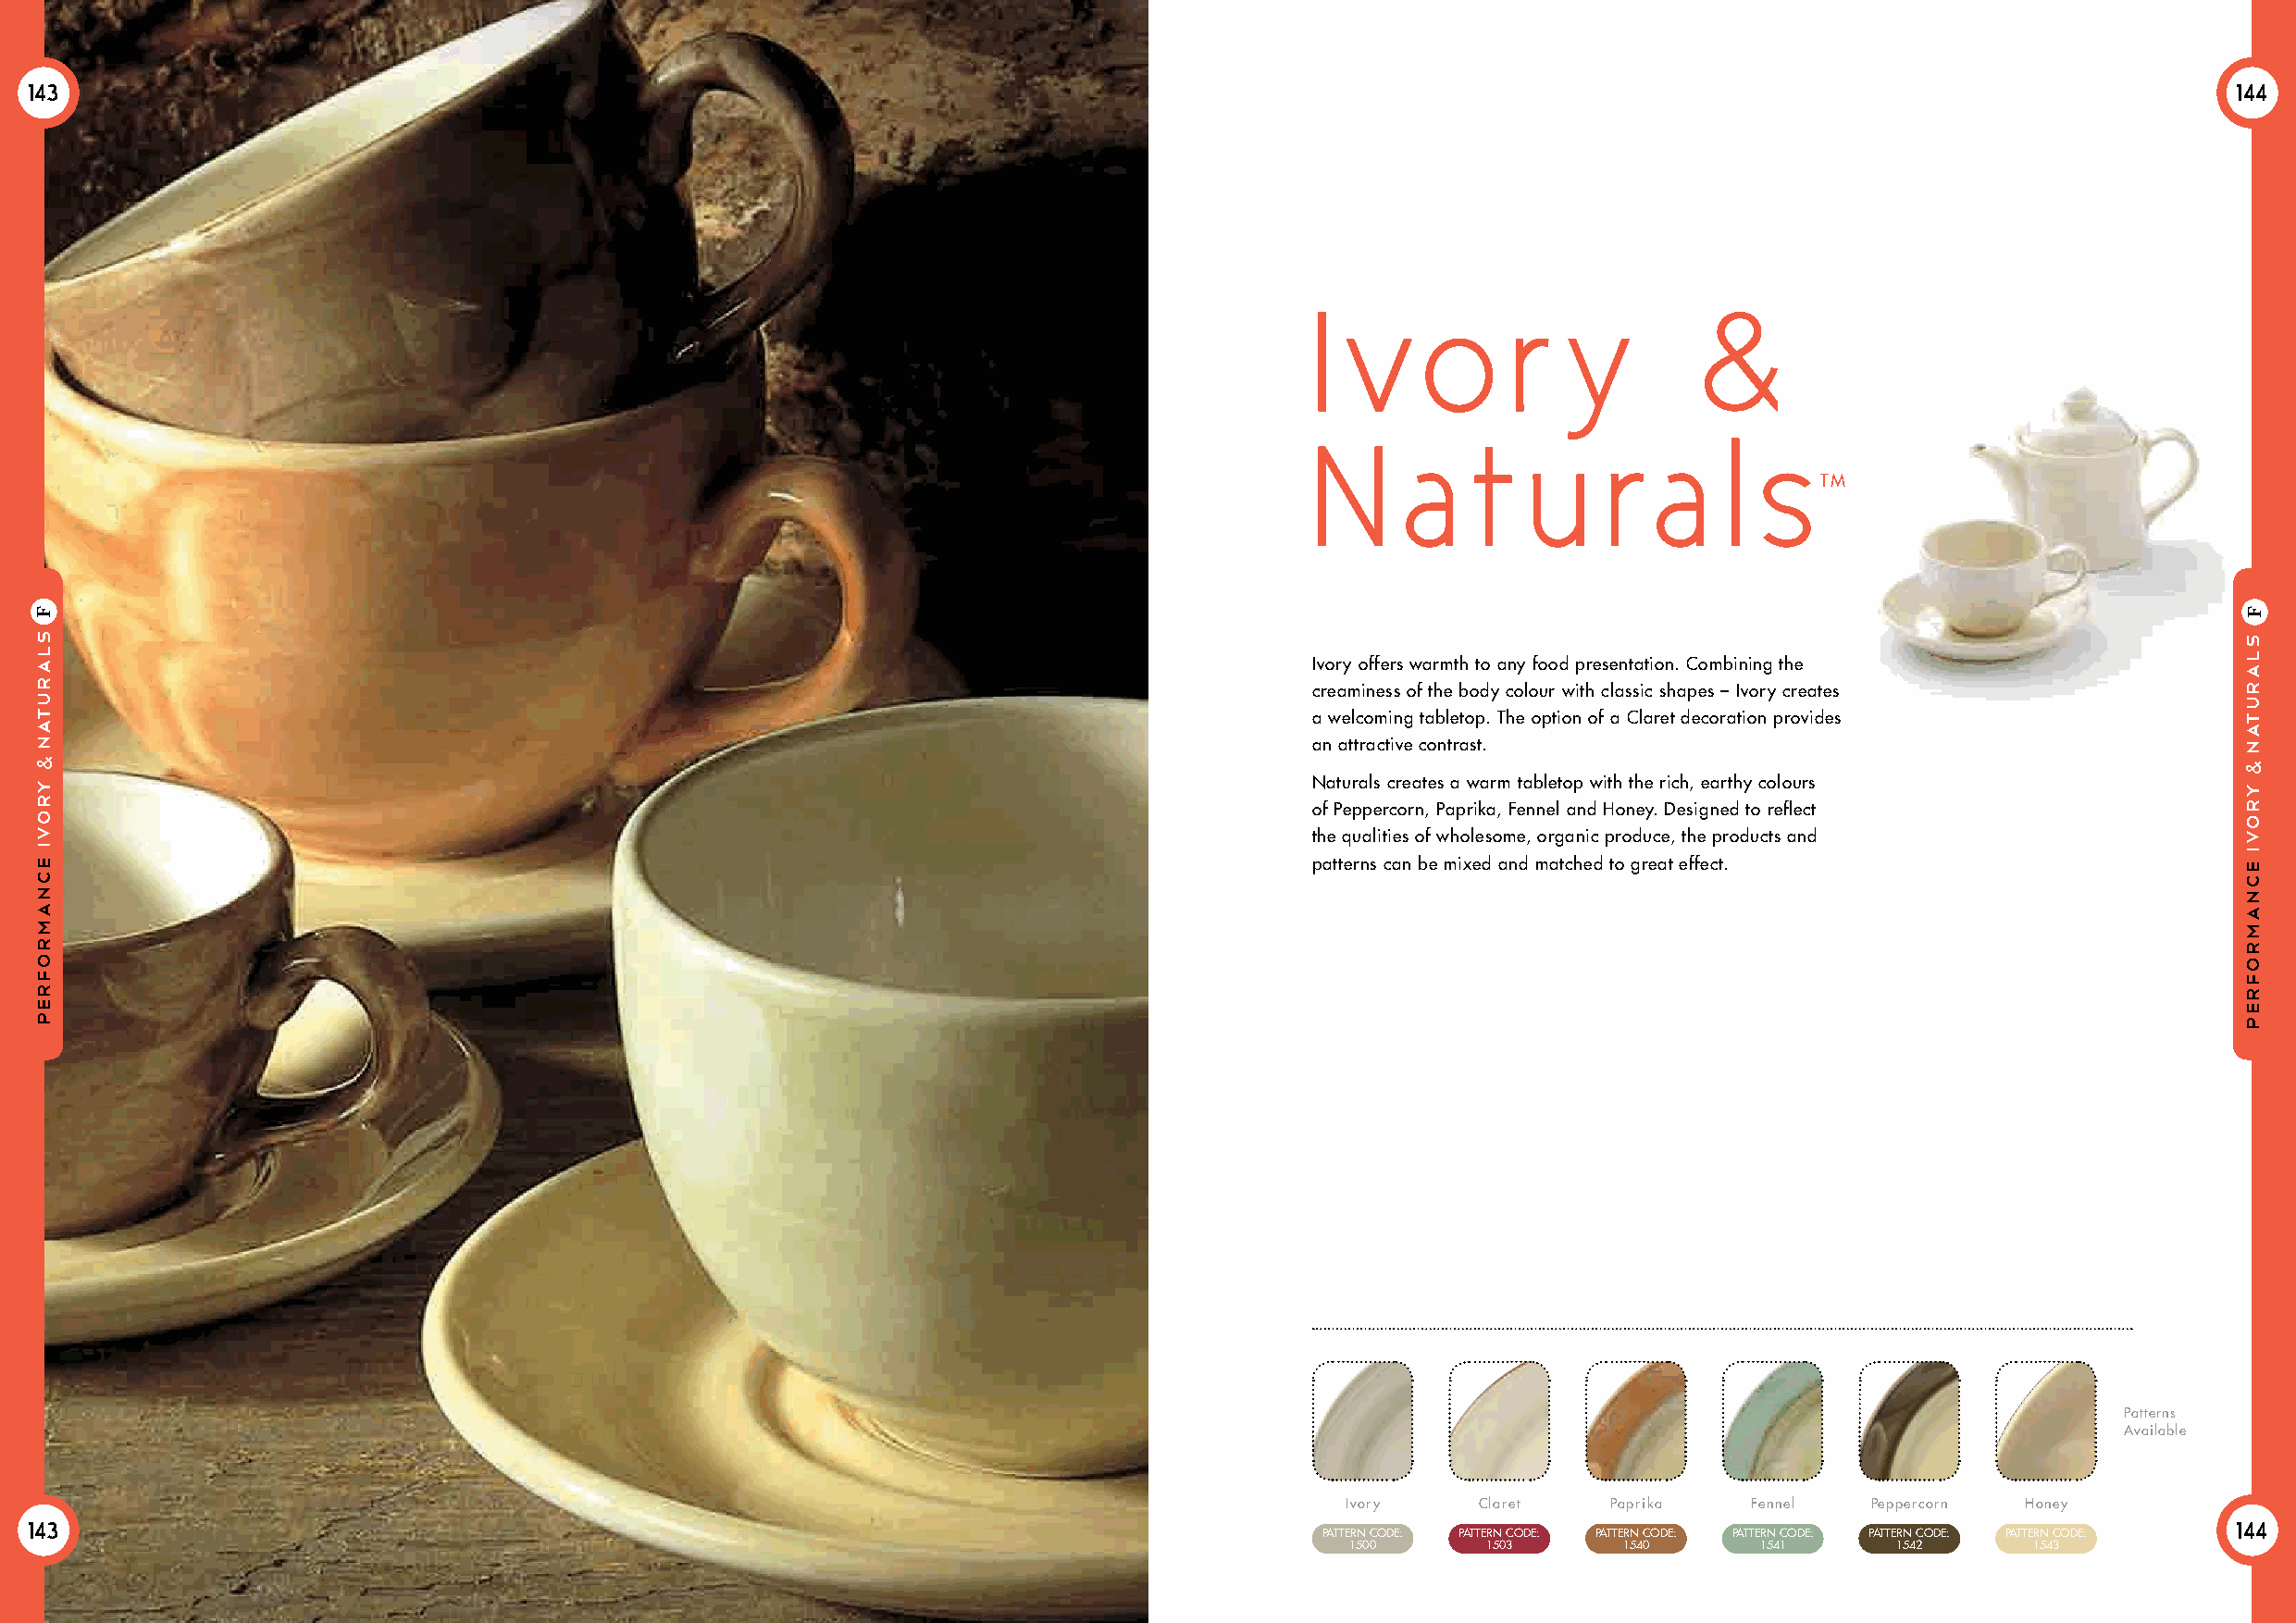
143                                                                                                                                                           144
 I v     o     r   y         &
 N     a    t   u     r  a    l  s
 TM
 Ivory offers warmth to any food presentation. Combining the
 creaminess of the body colour with classic shapes – Ivory creates
 a welcoming tabletop. The option of a Claret decoration provides
 an attractive contrast.
 Naturals creates a warm tabletop with the rich, earthy colours
 of Peppercorn, Paprika, Fennel and Honey. Designed to reflect
 the qualities of wholesome, organic produce, the products and
 patterns can be mixed and matched to great effect.
 Patterns
 Available
 Ivory     Claret   Paprika   Fennel   Peppercorn Honey
 143                                                                                                                                                           144
 PATTERN CODE: PATTERN CODE: PATTERN CODE: PATTERN CODE: PATTERN CODE: PATTERN CODE:
 1500     1503      1540      1541      1542     1543
 slaruTan
 yrovi
 ecnamrofrep
 F
 &
 slaruTan
 yrovi
 ecnamrofrep
 F
 &